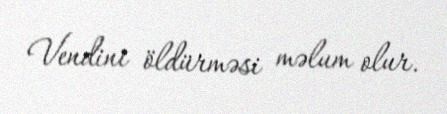
Vendini öldürməsi məlum olur.